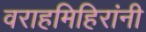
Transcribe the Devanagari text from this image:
वराहमिहिरांनी